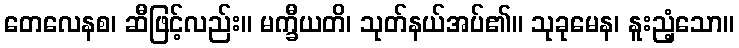
တေလေနစ၊ ဆီဖြင့်လည်း။ မက္ခီယတိ၊ သုတ်နယ်အပ်၏။ သုခုမေန၊ နူးညံ့သော။